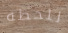
للحظه